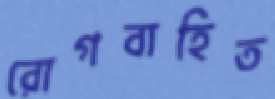
রোগবাহিত